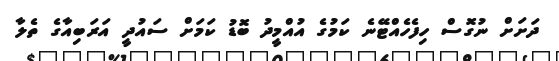
ދަށަށް ނުގޮސް ހިފެހެއްޓޭނެ ކަމުގެ އުއްމީދު ބޮޑު ކަމަށް ސައުދީ އަރަބިއާގެ ތެލާ